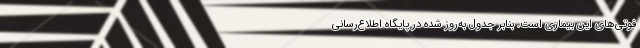
فوتی‌های این بیماری است. بنابر جدول به‌روز شده در پایگاه اطلاع‌رسانی